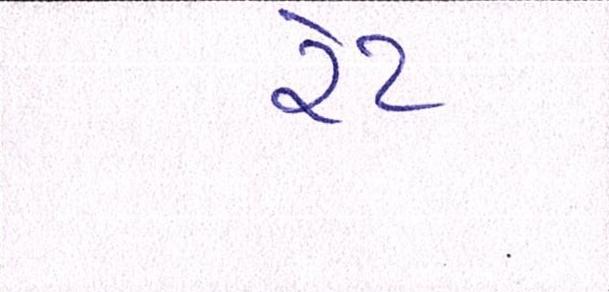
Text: રેટ